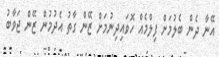
އޭނާ ދެން ބެލުމަށް ފިލްމެއް ހޮވައިދިނުމަށް ޒޭން ގާތު އެދުމުން ޒޭން ޖަވާބު